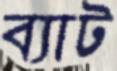
ব্যাট